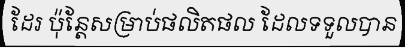
ដែរ ប៉ុន្តែសម្រាប់ផលិតផល ដែលទទួលបាន